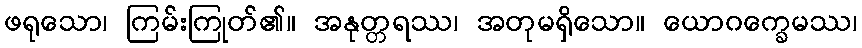
ဖရုသော၊ ကြမ်းကြုတ်၏။ အနုတ္တရဿ၊ အတုမရှိသော။ ယောဂက္ခေမဿ၊